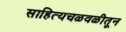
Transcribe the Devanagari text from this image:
साहित्यचळवळीतून